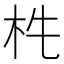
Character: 𣏱